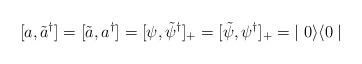
LaTeX: \begin{align*}[a,\tilde{a}^{\dagger}] = [\tilde{a},a^{\dagger}] = [\psi, \tilde{\psi}^{\dagger}]_{+} = [\tilde{\psi},\psi^{\dagger}]_{+} = \; \mid 0 \rangle \langle 0 \mid \end{align*}